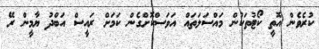
ކުރެވެން އޮތީ ކޯޓުތަކުން މައްސަލަތައް އަވަސްކޮށްގެން ކަމަށް ރައީސް އަބްދު ޔާމީން ރޭ